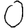
Digit: 0